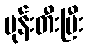
မုန်းတီးပြီး